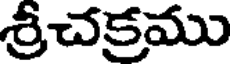
శ్రీచక్రము